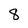
Character: 8